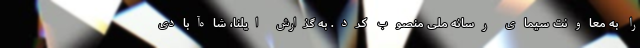
را به معاونت سیمای رسانه ملی منصوب کرد. به گزارش ایلنا، شاه‌آبادی